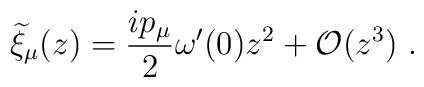
{\widetilde \xi}_\mu(z)={{ip_\mu}\over 2}\omega^\prime(0) z^2+{\cal O}(z^3)~.